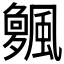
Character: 𱃌